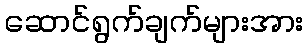
ဆောင်ရွက်ချက်များအား